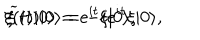
\xi ( t ) | 0 \rangle = e ^ { i t } \xi | 0 \rangle , \hspace { 1 . 0 i n } { \widetilde \xi } ( t ) | 0 \rangle = - i e ^ { i t } \xi | 0 \rangle ,